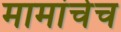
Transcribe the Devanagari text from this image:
मामांचेच